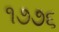
૧૭૭૬